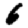
Digit: 6